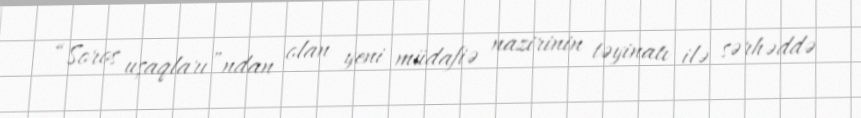
“Soros uşaqları”ndan olan yeni müdafiə nazirinin təyinatı ilə sərhəddə